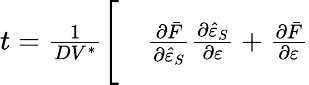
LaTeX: \begin{array}{rl}{t=\frac{1}{DV^{\ast}}\Bigg[}&{{}\frac{\partial\bar{F}}{\partial\hat{\varepsilon}_{S}}\frac{\partial\hat{\varepsilon}_{S}}{\partial\varepsilon}+\frac{\partial\bar{F}}{\partial\varepsilon}}\end{array}